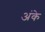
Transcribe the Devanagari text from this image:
अंके